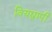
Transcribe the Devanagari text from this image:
वियद्व्यापी